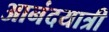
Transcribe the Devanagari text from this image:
आनंदयात्री